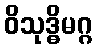
ဝိသုဒ္ဓိမဂ္ဂ